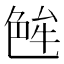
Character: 𬜝